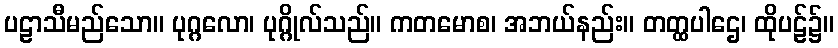
ပဠာသီမည်သော။ ပုဂ္ဂလော၊ ပုဂ္ဂိုလ်သည်။ ကတမောစ၊ အဘယ်နည်း။ တတ္ထပါဌေ၊ ထိုပဠ်၌။